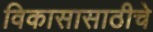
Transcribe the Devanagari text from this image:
विकासासाठीचे